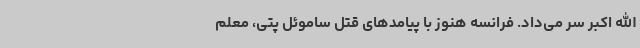
الله اکبر سر می‌داد. فرانسه هنوز با پیامدهای قتل ساموئل پتی، معلم